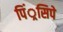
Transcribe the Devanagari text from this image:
पिं्रसिपे